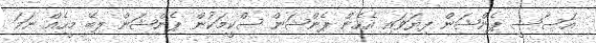
އަސާސީ ޕެންޝަން ފިޔަވައި އެހެން ޕެންޝަން ސްކީމަކުން ޕެންޝަން ލިބޭ މީހެއް ނަމަ